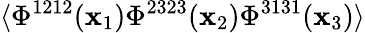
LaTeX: \langle\Phi^{1212}(\mathbf{x}_{1})\Phi^{2323}(\mathbf{x}_{2})\Phi^{3131}(\mathbf{x}_{3})\rangle